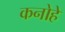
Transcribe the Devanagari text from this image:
कनोहे